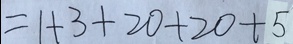
= 1 + 3 + 2 0 + 2 0 + 5